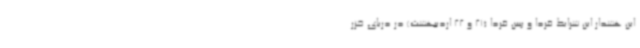
این هشدار این شرایط فردا و پس فردا (21 و 22 اردیبهشت) در دریای خزر